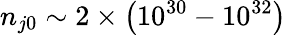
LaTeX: n_{j0}\sim 2\times\left(10^{30}-10^{32}\right)